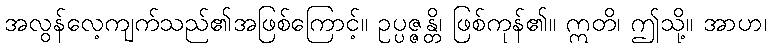
အလွန်လေ့ကျက်သည်၏အဖြစ်ကြောင့်။ ဥပ္ပဇ္ဇန္တိ၊ ဖြစ်ကုန်၏။ ဣတိ၊ ဤသို့။ အာဟ၊